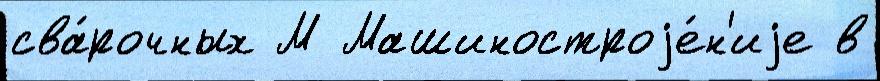
сва́рочных М Машиностроjе́н'иjе в